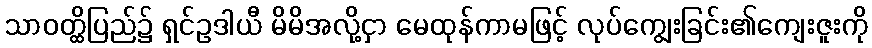
သာဝတ္ထိပြည်၌ ရှင်ဥဒါယီ မိမိအလို့ငှာ မေထုန်ကာမဖြင့် လုပ်ကျွေးခြင်း၏ကျေးဇူးကို